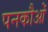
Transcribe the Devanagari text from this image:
पनकौओं